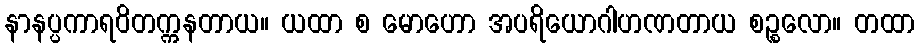
နာနပ္ပကာရဝိတက္ကနတာယ။ ယထာ စ မောဟော အပရိယောဂါဟဏတာယ စဉ္စလော။ တထာ